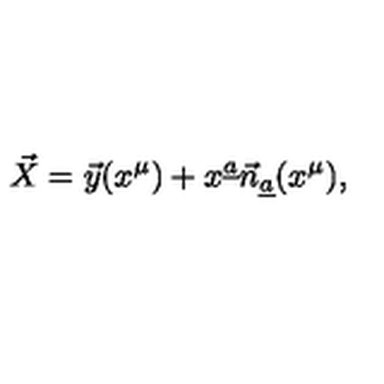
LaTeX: \vec { X } = \vec { y } ( x ^ { \mu } ) + x ^ { \underline { a } } \vec { n } _ { \underline { a } } ( x ^ { \mu } ) ,